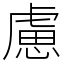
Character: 慮